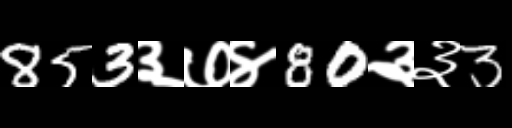
Text: 853३७४80३३3